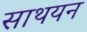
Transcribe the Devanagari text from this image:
साथयन